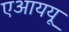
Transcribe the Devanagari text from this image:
एआययू